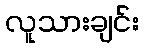
လူသားချင်း